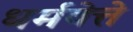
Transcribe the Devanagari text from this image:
धर्मवेत्ते